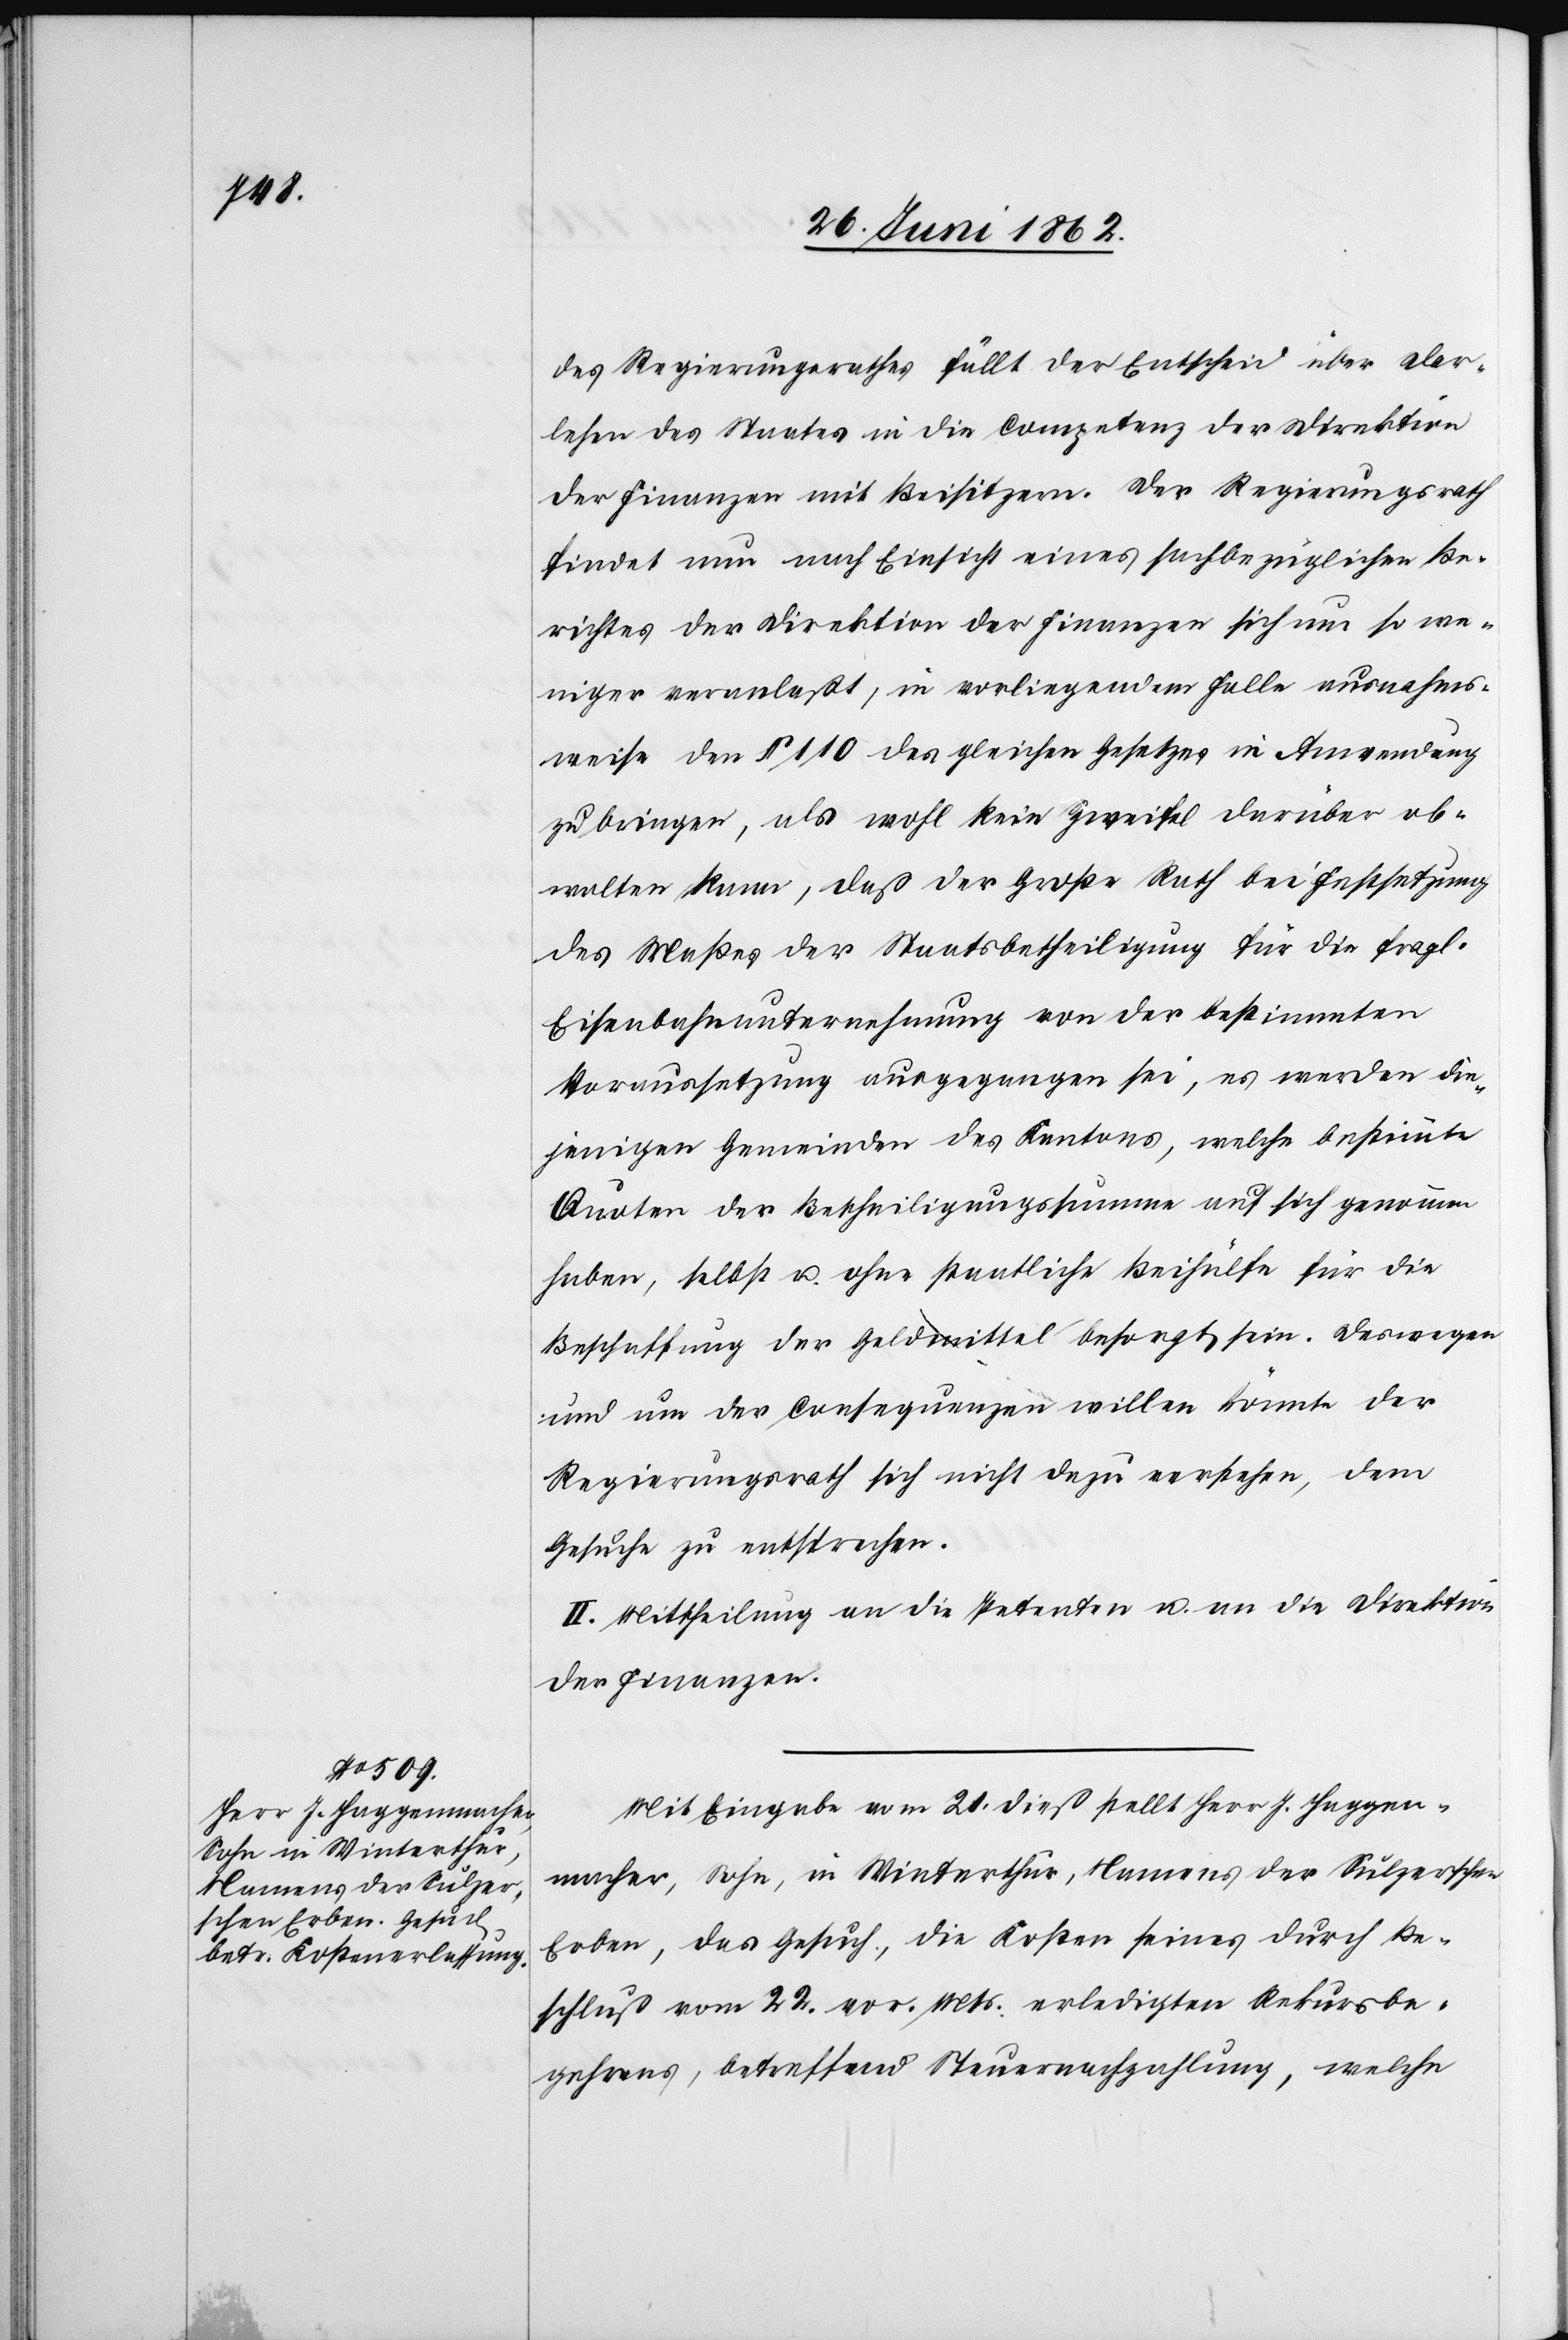
des Regierungsrathes fällt der Entscheid über Dar¬
lehen des Staates in die Competenz der Direktion
der Finanzen mit Beisitzern. Der Regierungsrath
findet nun nach Einsicht eines sachbezüglichen Be¬
richtes der Direktion der Finanzen sich um so we¬
niger veranlaßt, in vorliegendem Falle ausnahms¬
weise den § 110 des gleichen Gesetzes in Anwendung
zu bringen, als wohl kein Zweifel darüber ob¬
walten kann, daß der Große Rath bei Festsetzung
des Maßes der Staatsbetheilung für die fragl.
Eisenbahnunternehmung von der bestimmten
Voraussetzung ausgegangen sei, es werden die¬
jenigen Gemeinden des Kantons, welche bestimmte
Quoten der Betheiligungssumme auf sich genommen
haben, selbst u. ohne staatliche Beihülfe für die
Beschaffung der Geldmittel besorgt sein. Deswegen
und um der Consequenzen willen könnte der
Regierungsrath sich nicht dazu verstehen, dem
Gesuche zu entsprechen.
II. Mittheilung an die Petentin u. an die Direktion
der Finanzen.
Mit Eingabe vom 21. dieß stellt Herr J. Haggen¬
macher, Sohn, in Winterthur, -namens der Sulzerschen
Erben, das Gesuch, die Kosten seines durch Be¬
schluß vom 22. vor. Mts. erledigten Rekursbe¬
gehrens, betreffend Steuernachzahlung, welche